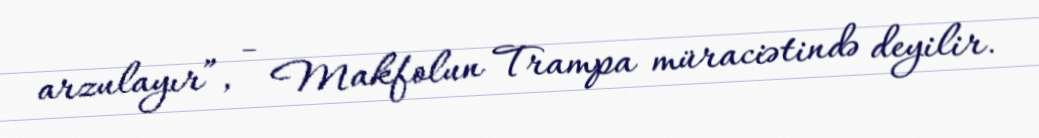
arzulayır”, - Makfolun Trampa müraciətində deyilir.